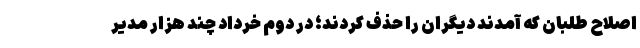
اصلاح طلبان که آمدند دیگران را حذف کردند؛ در دوم خرداد چند هزار مدیر